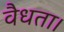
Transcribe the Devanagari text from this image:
वैधता।